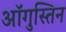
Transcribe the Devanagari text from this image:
ऑगुस्तिन